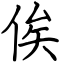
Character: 俟